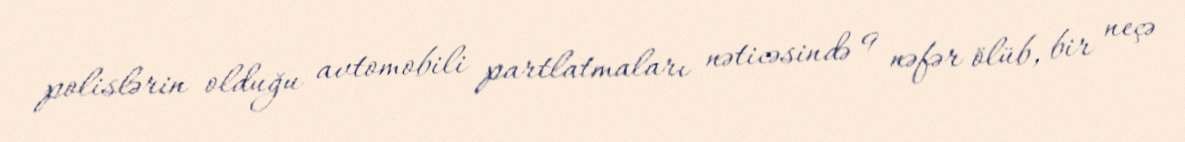
polislərin olduğu avtomobili partlatmaları nəticəsində 9 nəfər ölüb, bir neçə